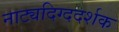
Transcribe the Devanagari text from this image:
नाट्यदिग्ददर्शक